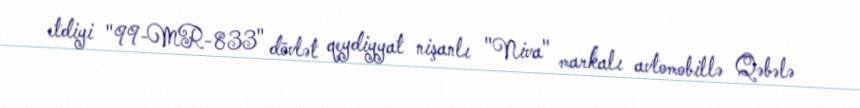
etdiyi "99-MR-833" dövlət qeydiyyat nişanlı "Niva" markalı avtomobillə Qəbələ